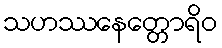
သဟဿနေတ္တောရိဝ